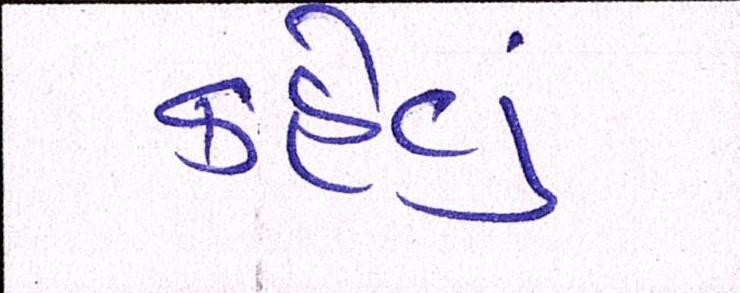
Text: કહેવુ